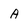
Character: A